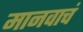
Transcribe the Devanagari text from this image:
मानवाचं